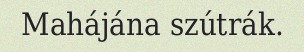
Mahájána szútrák.